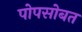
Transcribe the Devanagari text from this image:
पोपसोबत